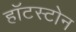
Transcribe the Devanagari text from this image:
हॉटस्टोन